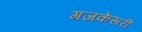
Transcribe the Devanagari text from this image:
गजकेसरी